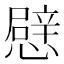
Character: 憵